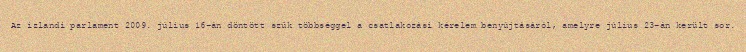
Az izlandi parlament 2009. július 16-án döntött szűk többséggel a csatlakozási kérelem benyújtásáról, amelyre július 23-án került sor.